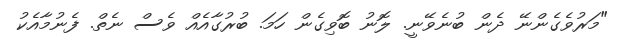
"މަރުވެގެންނޭ ދެން ބުނެވޭނީ. ލޮނު ބޮވިގެން ހަމަ. ބުރުގާއެއް ވެސް ނެތް. ފެނުމާއެކު